Leaving Certificate Examination, 1912
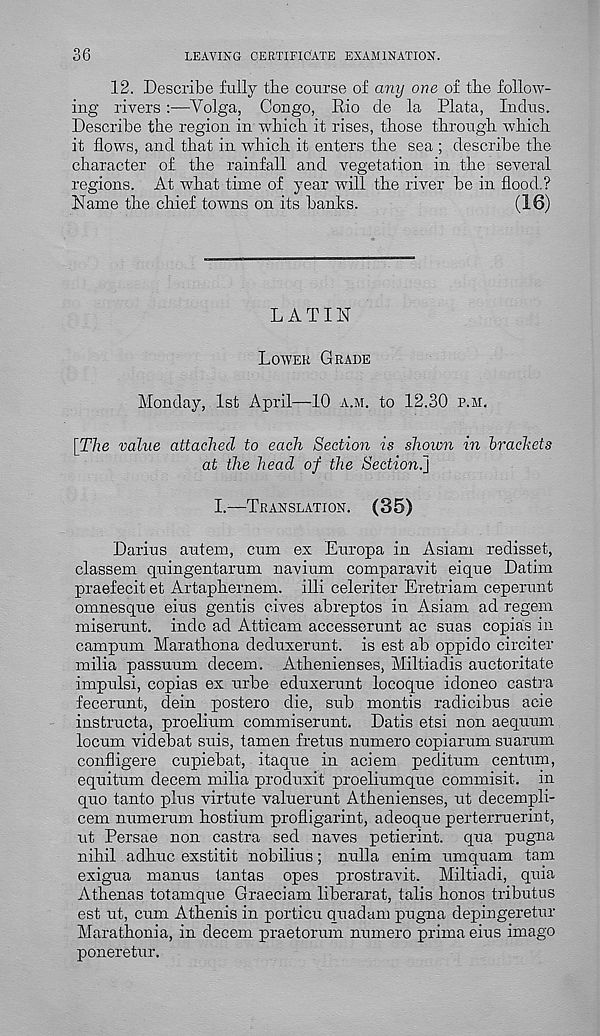
36
LEAVING CERTIFICATE EXAMINATION.
12. Describe fully the course of any one oi the follow-
ing rivers :—-Volga, Congo, Rio cle la Plata, Indus.
Describe the region in which it rises, those through which
it flows, and that in which it enters the sea ; describe the
character of. the rainfall and vegetation in the several
regions. At what time of year will the river be in flood.?
Name the chief towns on its banks.
(16)
L A TIN
Lower Grade
Monday, 1st April—10 a.m. to 12.30 p.m.
[The value attached to each Section is shown in brackets
at the head of the Section.}
I.—Translation. (35)
Darius autem, cum ex Europa in Asiam redisset,
classem quingentarum navium comparavit eique Datim
praefecit et Artaphernem. illi celeriter Eretriam ceperunt
omnesque eius gentis cives abreptos in Asiam ad regem
miserunt. indc ad Atticam accesserunt ac suas copia's in
campum Marathona deduxerunt. is est ab oppido circiter
milia passuum decern. Athenienses, Miltiadis auctoritate
impulsi, copias ex urbe eduxerunt locoque idoneo castra
fecerunt, dein postero die, sub mentis radicibus acie
instructa, proelium commiserunt. Datis etsi non aequum
locum videbat suis, tamen fretus numero copiarum suarum
confligere cupiebat, itaque in aciem peditum centum,
equitum decern milia produxit proeliumque commisit. in
quo tanto plus virtute valuerunt Athenienses, ut decempli-
cem numerum hostium profligarint, adeoque perterruerint,
ut Persae non castra sed naves petierint. qua pugna
nihil adhuc exstitit nobilius; nulla enim umquam tain
exigua manus tantas opes prostravit. Miltiadi, quia
Athenas totamque Graeciam liberarat, tabs honos tributus
est ut, cum Athenis in portion quadam pugna depingeretur
Marathonia, in decern praetorum numero prima eius imago
poneretur.